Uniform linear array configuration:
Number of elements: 16
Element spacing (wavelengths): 0.5
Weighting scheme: hamming
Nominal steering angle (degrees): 15
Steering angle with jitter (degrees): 16.409
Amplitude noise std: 0.05
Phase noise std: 0.05

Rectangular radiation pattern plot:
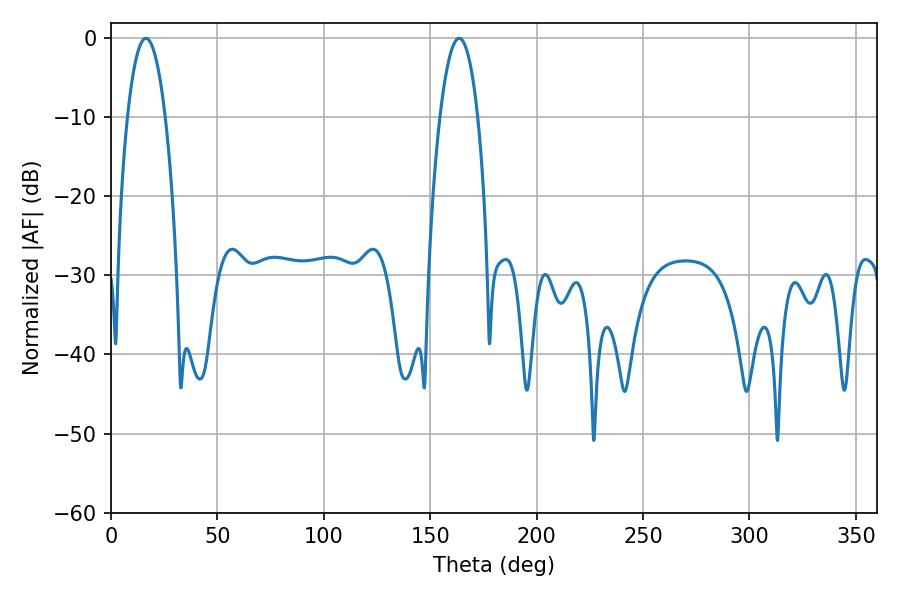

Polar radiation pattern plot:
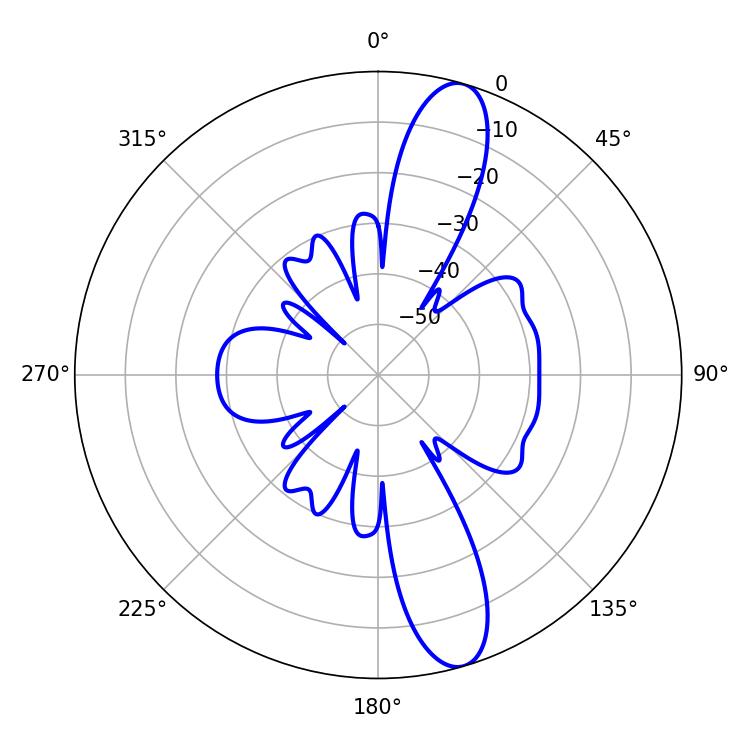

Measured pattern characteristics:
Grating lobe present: FALSE
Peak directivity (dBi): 12.792
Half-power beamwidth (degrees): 9.9
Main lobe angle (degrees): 16.38